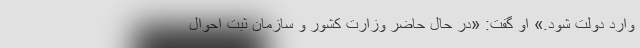
وارد دولت شود.» او گفت: «در حال حاضر وزارت کشور و سازمان ثبت احوال